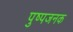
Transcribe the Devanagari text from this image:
पुष्पजनक